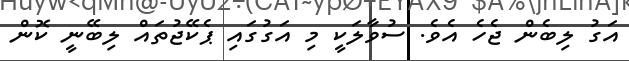
އަގު ލިބެން ޖެހެ އެވެ. ސުވާލަކީ މި އަގުގައި ޕެކޭޖުތައް ލިބޭނީ ކޮން